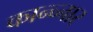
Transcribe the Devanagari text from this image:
कान्च्नार